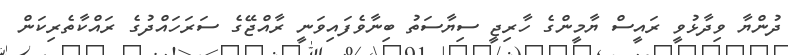
ދުންޔާ ވިދާޅުވީ ރައީސް ޔާމީންގެ ހާރިޖީ ސިޔާސަތު ބިނާވެފައިވަނީ ރާއްޖޭގެ ސަރަހައްދުގެ ރައްކާތެރިކަން